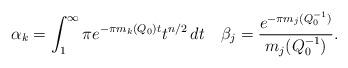
LaTeX: \begin{align*}\alpha_k = \int_1^\infty \pi e^{-\pi m_k(Q_0) t} t^{n/2} \, dt\quad\beta_j=\dfrac{e^{- \pi m_j(Q_0^{-1})}}{m_j(Q_0^{-1})}. \end{align*}